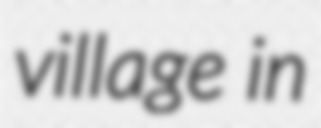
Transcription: village in